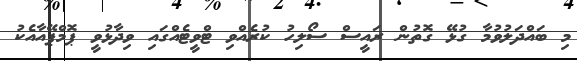
މި ބައްދަލުވުމާ ގުޅޭ ގޮތުން ރައީސް ސޯލިހު ކުރެއްވި ޓްވީޓެއްގައި ވިދާޅުވީ ޕޮމްޕޭއާއެކު